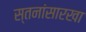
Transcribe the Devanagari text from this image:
स्तनांसारखा